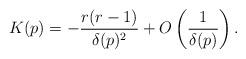
LaTeX: \begin{align*}K(p) = - \frac{r(r-1)}{\delta(p)^2} + O\left( \frac{1}{\delta(p)} \right).\end{align*}